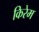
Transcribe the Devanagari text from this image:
किरेम